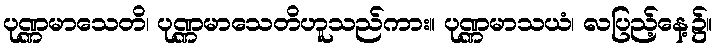
ပုဏ္ဏမာသေတိ၊ ပုဏ္ဏမာသေတိဟူသည်ကား။ ပုဏ္ဏမာသယံ၊ လပြည့်နေ့၌။